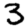
Digit: 3